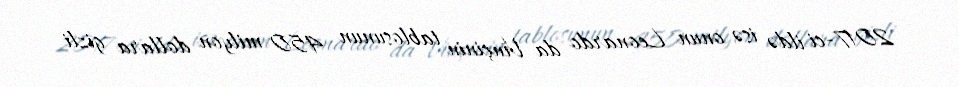
2017-ci ildə isə onun Leonardo da Vinçinin tablosunun 450 milyon dollara gizli